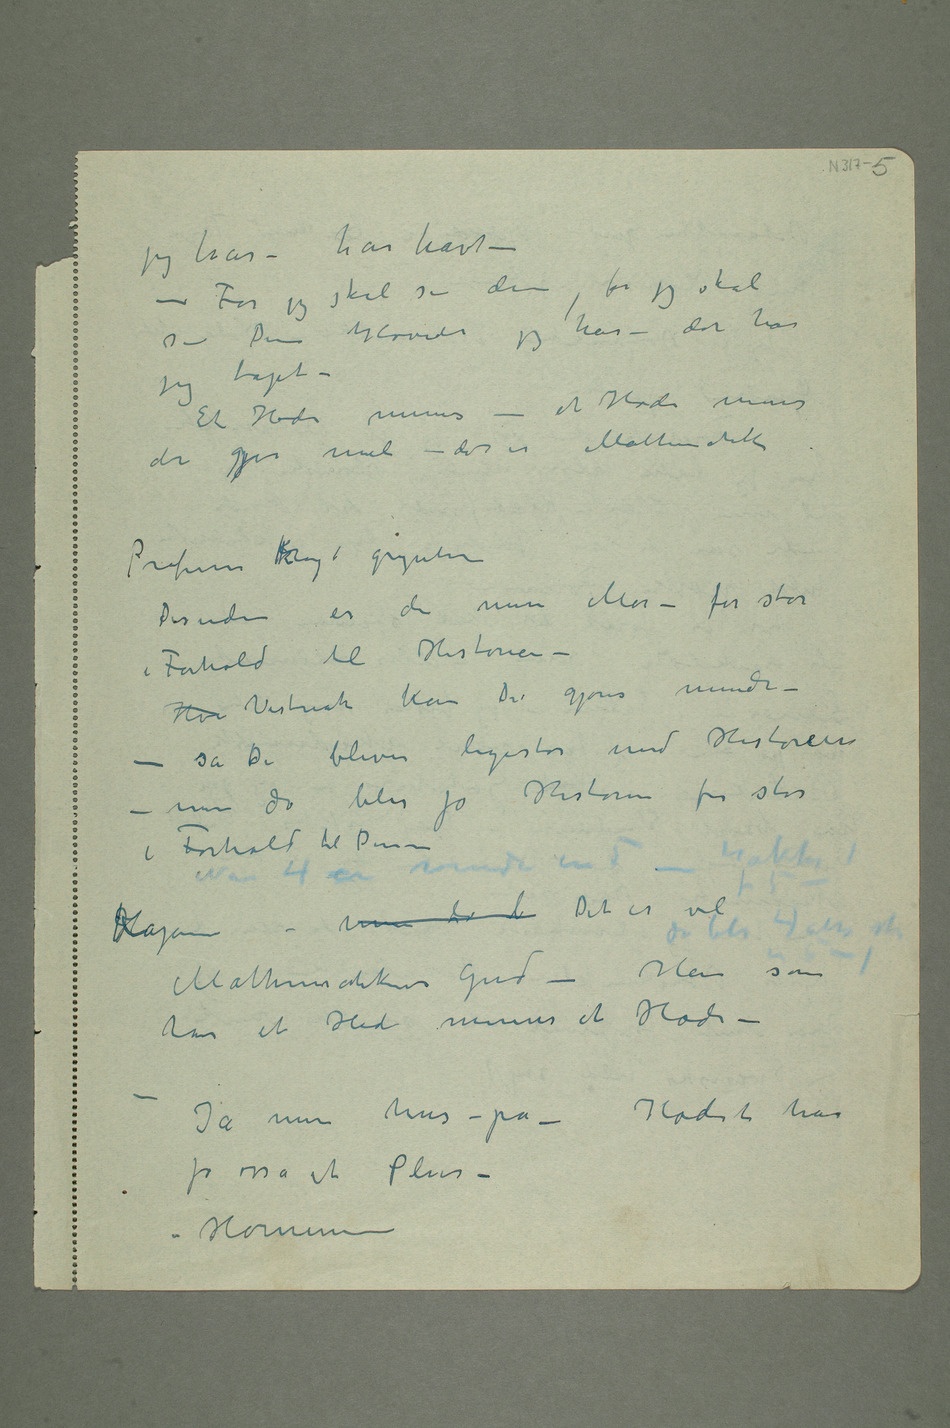
jeg har – har havt –
– For jeg skal si Dem, for jeg skal
si Dem Hovedet jeg har – det har
jeg tapt –
Et Hode minus –
et Hode minus
det gjir nul – det er Mathematik
Professor Krogh gryntene
Desuden er de min Mor – for stor
i Forhold til Historien –
Hvi Vistnok kan De gjøres mindre –
– så dDe bliver ligestor med Historien –
men da blir jo Historien for stor i
Forhold til Dem – Når
Kajanus –
har et Hode minus et Hode –
– Ja men hus – på – Hodet har
jo osså et Plus
– – Hornene